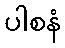
ပါစနံ